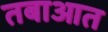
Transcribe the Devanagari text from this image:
तबाआत